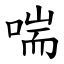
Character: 喘